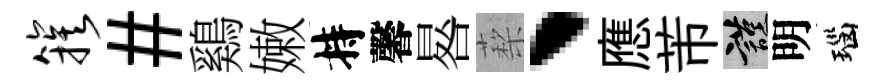
簇#鷄嫩持馨晷蔾、應芾謹明瑙